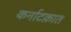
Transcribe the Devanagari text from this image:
कर्नाटक़ात